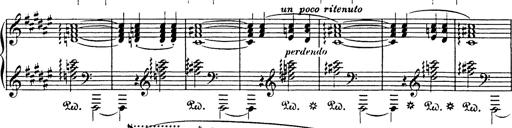
Title: Impromptu
Composer: JosÃ© MarÃ­a Usandizaga
Key: A major